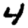
Digit: 4